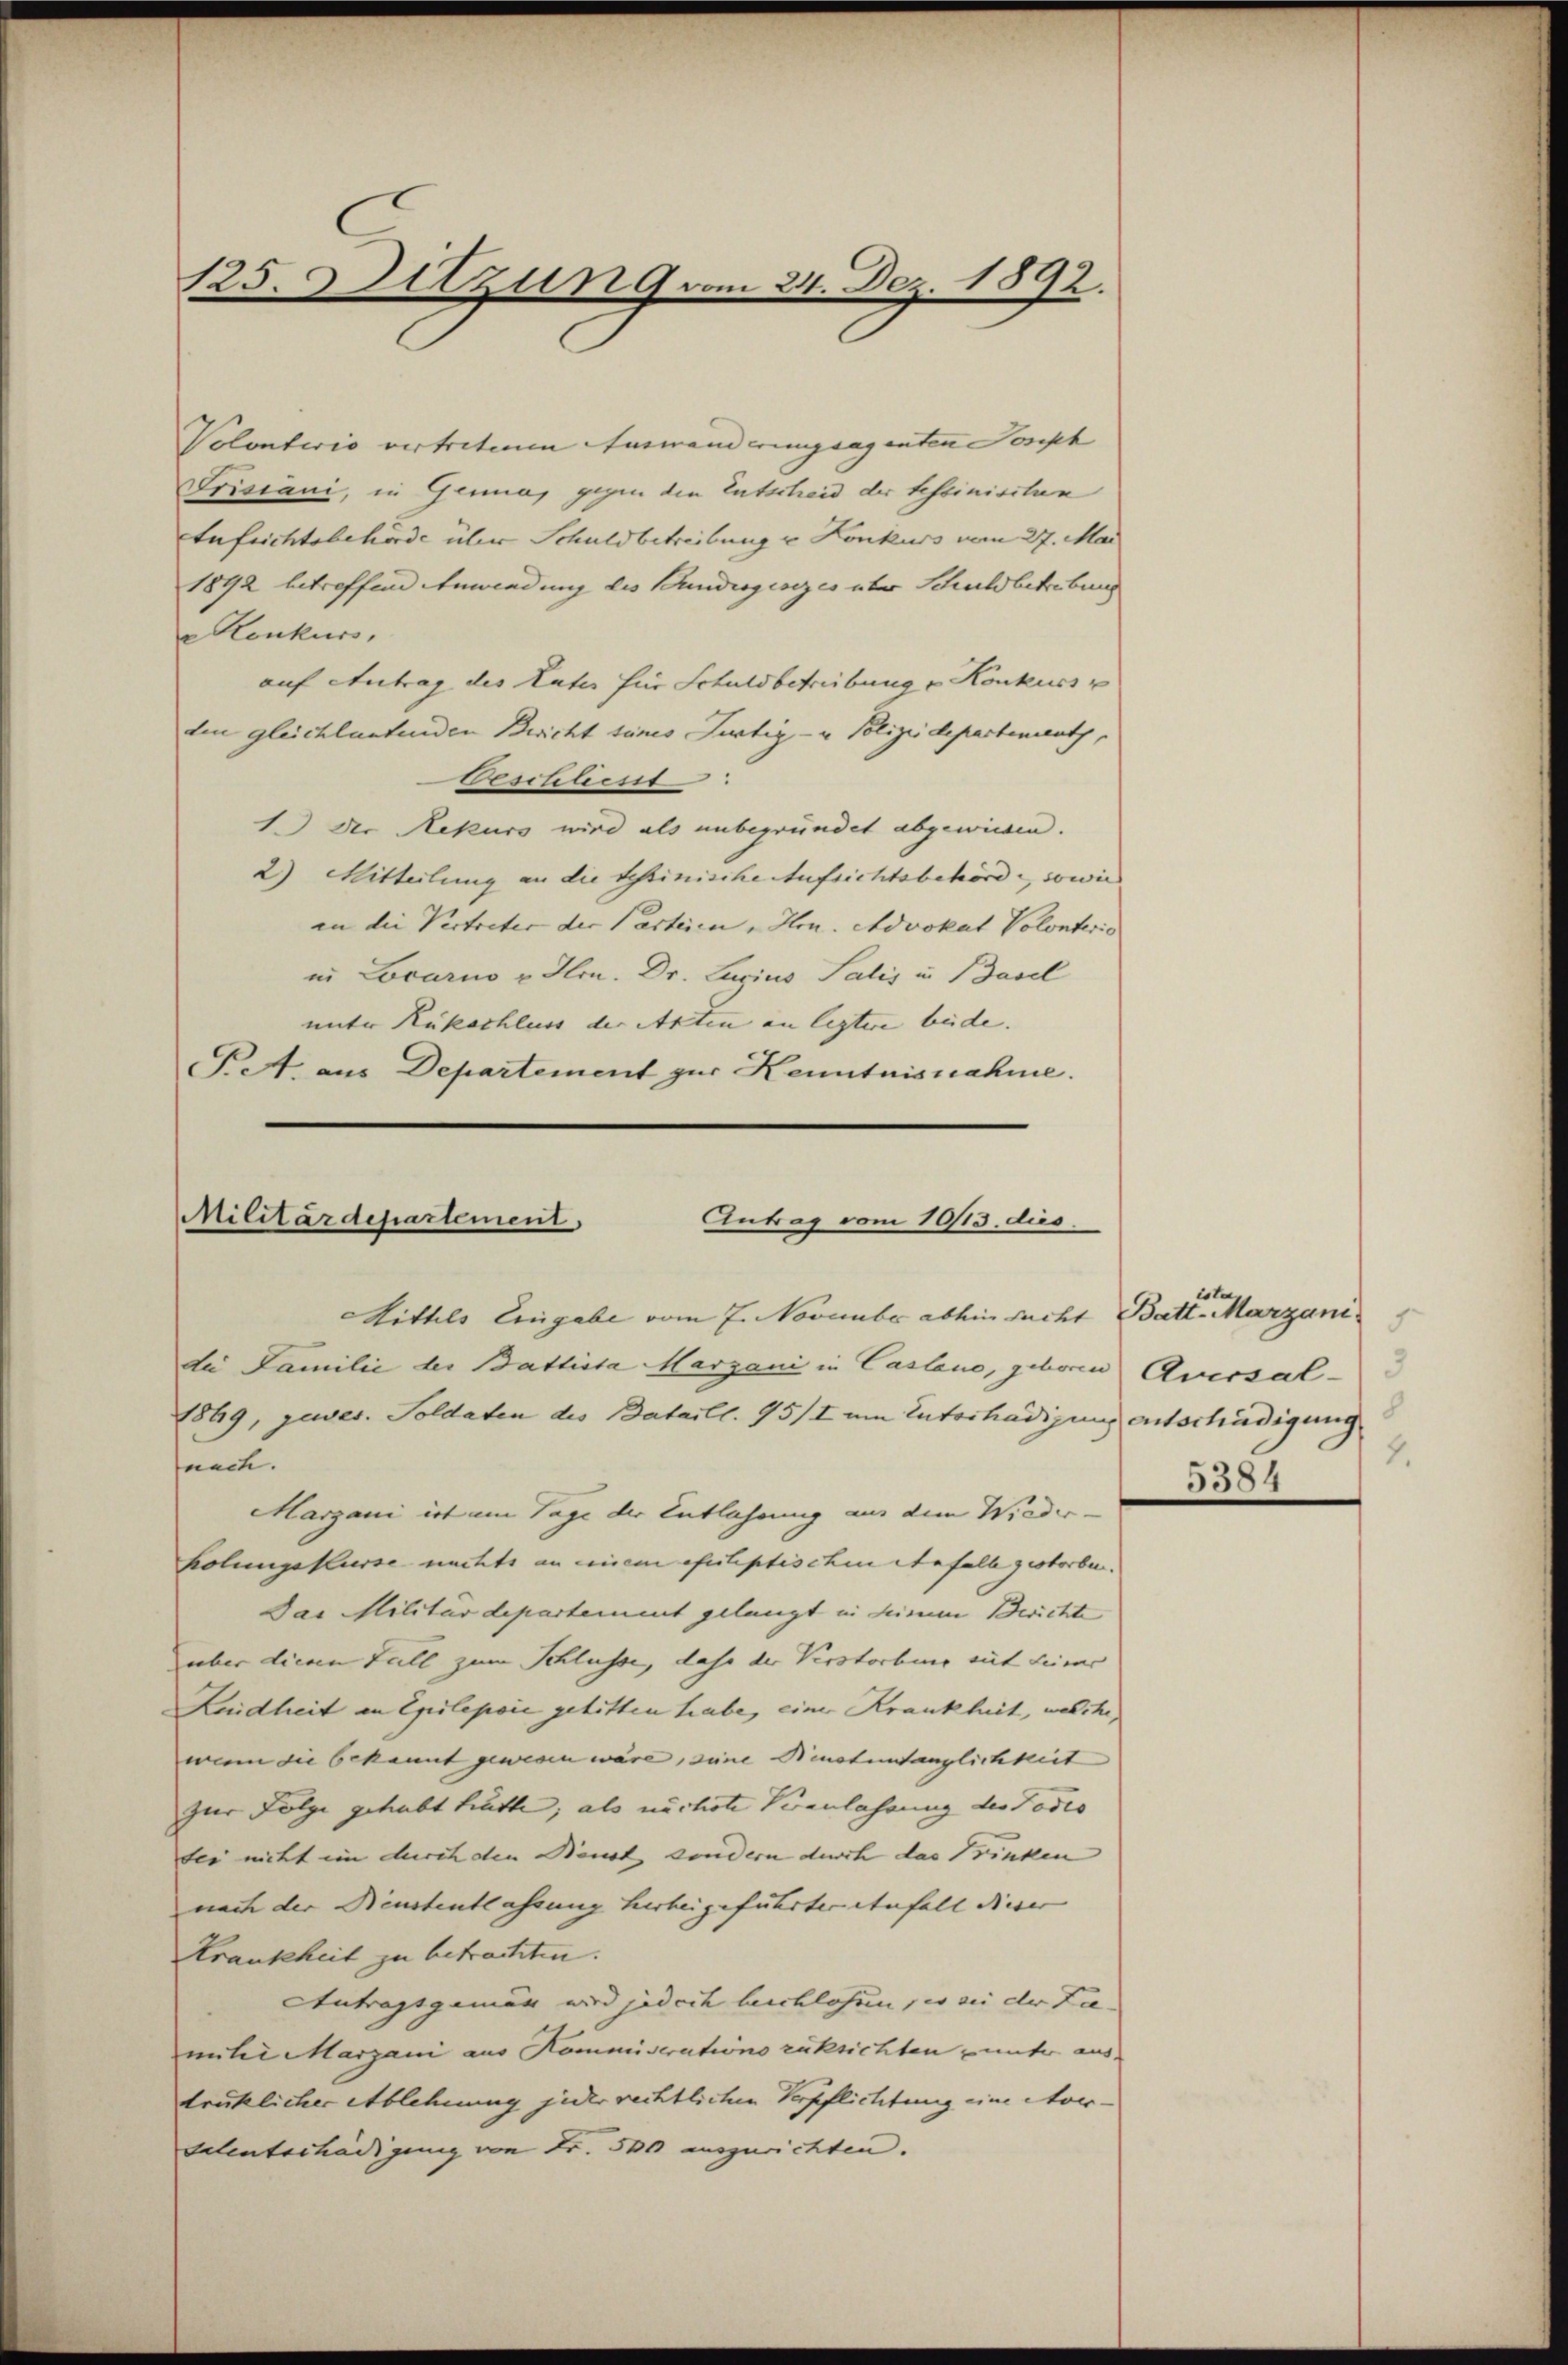
125. Setzung vom 24. Dez. 1892.

Volonterio vertretenen Auswanderungsagenten Joseph
Srisiani, in Genua, gegen den Entscheid der tessinischen
Eufrichtsbehörde über Schuldbetreibung u Konkurs vom 27. Mai
1892 betreffend Anwendung des Bundesgesezes über Schuldbetrebung
e Konkurs,
auf Antrag des Vater für Schuldbetreibung v. Konkurs
den gleichlautenden Bericht tunes Justiz- u. Polizeidepartement,
Beschliest
1.) Der Rekurs wird als unbegründet abgewiesen.
2) Mitteilung an die tessinische Aufsichtsbehörde, sowie
an die Vertreter der Parteien, Hrn. Advokat Volonteris
in Locarno u. Hrn. Dr. Luzius Salis u. Basel
unter Rükschluss der Akten an leztere beide. |
Pett aus Departement zur Kenntnisnahme.

Militärdepartement
Antrag vom 10/13. dus.

Mittels Eingabe vom 7. November abhin sucht Batt. Marzani
de Familie der Battista Marzani in Casano, geboren Aversal-
1869, zuwer. Soldaten des Bataill. 95/I um Entschädigung entschädigung
fnach.
Marzani ist am Tage der Entlassung aus dem Wiederholungskurse nichts an einem oficliptischen Anfall gestorben.
Das Militärdepartement gelangt in seinem Berichte
über diem Fall zum Schlüsse, dahe der Verstorbene mit seine
Leidheit an Epilepsie gelitten habe, einer Krankheit, welche,
wenn die bekannt gewesen wäre, seine Neustenfänglichkeit
zur Folge gehabt hatte, als nächste Veranlassung des Todes
des nicht im durch den Neust sondern durch das Trinken
nach der Neustentlassung herbeigeführter enfall dieser |
Krankheit zu betrachten.
Antragsgemar wird jedoch beschlossen, es bei der La- |
unter Marzani aus Kommistrations rüksichten unter ausdrüklicher Ablehnung jeder rechtlichen Verpflichtung eine Nor¬
Valentschädigung von Fr. 500 auszurichten.

2.
5384